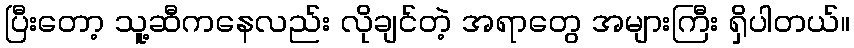
ပြီးတော့ သူ့ဆီကနေလည်း လိုချင်တဲ့ အရာတွေ အများကြီး ရှိပါတယ်။